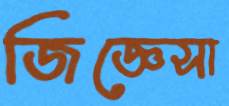
জিজ্ঞেসা